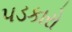
પડકારો